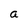
Character: a